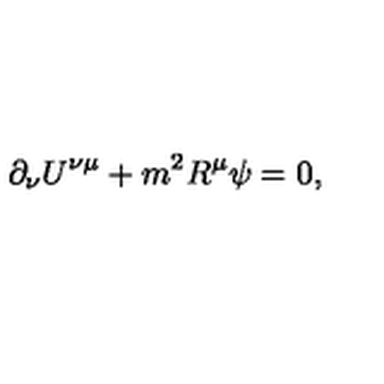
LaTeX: \partial _ { \nu } U ^ { \nu \mu } + m ^ { 2 } R ^ { \mu } \psi = 0 ,